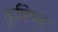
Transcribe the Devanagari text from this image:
दुबिधा